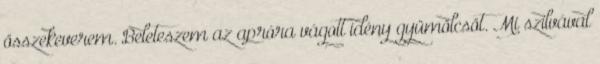
összekeverem. Beleteszem az apróra vágott idény gyümölcsöt. Mi szilvával